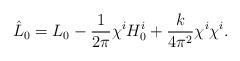
LaTeX: \begin{align*}\hat{L}_0 = L_0 - \frac{1}{2 \pi} \chi^{i} H^i_{0} + \frac{k}{4 \pi^2} \chi^{i} \chi^{i}.\end{align*}